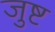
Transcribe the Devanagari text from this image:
जुष्ट